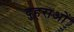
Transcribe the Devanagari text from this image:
दुहराओं